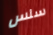
سلس